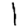
Digit: 1